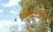
કામા